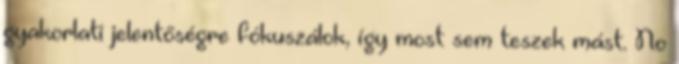
gyakorlati jelentőségre fókuszálok, így most sem teszek mást. No